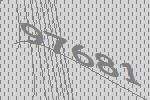
97681